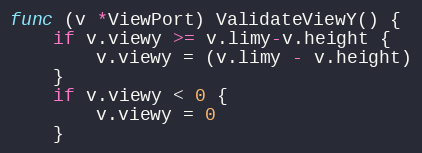
Language: Go
func (v *ViewPort) ValidateViewY() {
	if v.viewy >= v.limy-v.height {
		v.viewy = (v.limy - v.height)
	}
	if v.viewy < 0 {
		v.viewy = 0
	}